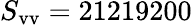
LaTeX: S_{\mathrm{vv}}=21219200